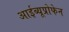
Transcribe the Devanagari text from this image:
आईब्यूप्रोफेन